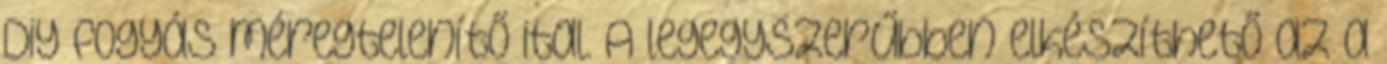
Diy fogyás méregtelenítő ital. A legegyszerűbben elkészíthető az a